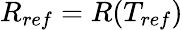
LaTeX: R_{ref}=R(T_{ref})